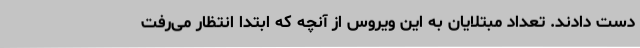
دست دادند. تعداد مبتلایان به این ویروس از آنچه که ابتدا انتظار می‌رفت